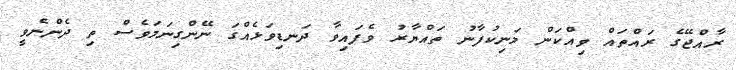
ރާއްޖޭގެ ރައްތައް ވިއްކަން މަނިކުފާނު ތައްޔާރު ވެފައިވާ ދަނޑިވަޅެއްގަ ނޭންގިނަމަވެސް ތި ދެންނެވީ